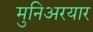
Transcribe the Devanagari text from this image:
मुनिअरयार